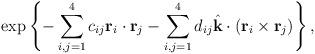
LaTeX: \begin{align*}\exp \left \{-\sum_{i,j=1}^4 c_{ij} {\rm\bf r}_i \cdot {\rm\bf r}_j-\sum_{i,j=1}^4 d_{ij} \hat{\rm\bf k} \cdot ({\rm\bf r}_i \times {\rm\bf r}_j )\right \},\end{align*}